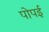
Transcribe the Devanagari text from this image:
पोपई